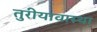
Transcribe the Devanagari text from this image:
तुरीयावास्था